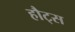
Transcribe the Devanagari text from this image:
हौट्स